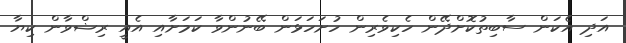
އަދި އެކަން ސާބިތުކޮށްދޭން ހެކިވެރިން ހުށަހަޅަން ބޭނުންވާ ކަމަށާއި އެއީ ރިޟްވާން ކިޔާ